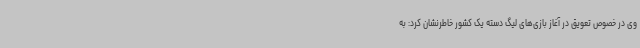
وی در خصوص تعویق در آغاز بازی‌های لیگ دسته یک کشور خاطرنشان کرد: به